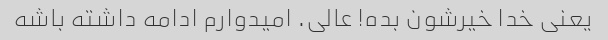
یعنی خدا خیرشون بده! عالی. امیدوارم ادامه داشته باشه